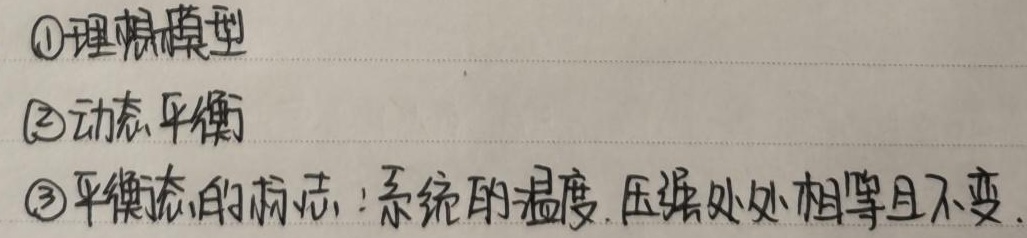
\textcircled{1}理想模型\textcircled{2}动态平衡\textcircled{3}平衡态的标志：系统的温度、压强处处相等且不变.